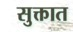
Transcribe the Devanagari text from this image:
सुक्तात